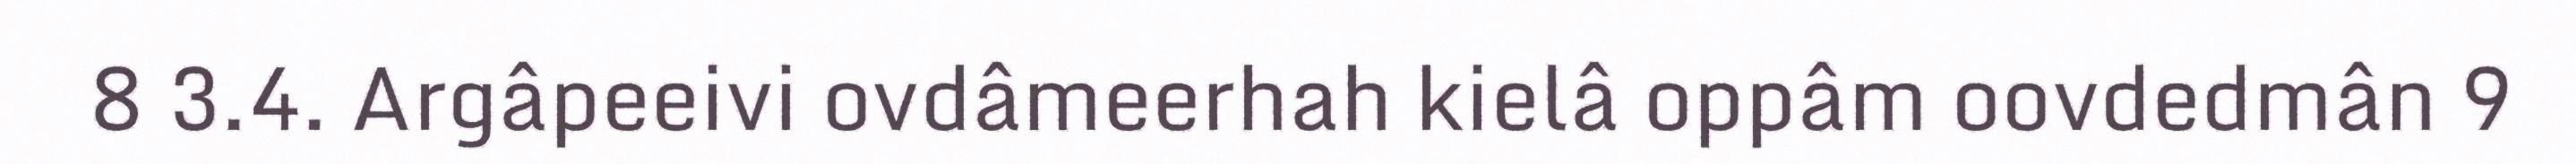
8 3.4. Argâpeeivi ovdâmeerhah kielâ oppâm oovdedmân 9